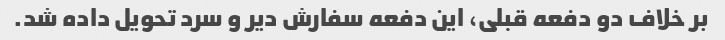
بر خلاف دو دفعه قبلی، این دفعه سفارش دیر و سرد تحویل داده شد.